Plague in India, 1896, 1897 - Volume 2
Year: 1896
Disease focus: Plague
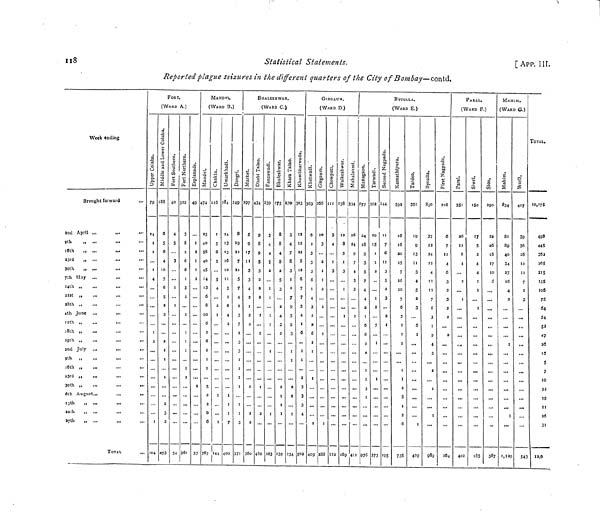
118
Statistical Statements,
[APP. III.
Reported plague seizures in the different quarters of the City of Bombay—contd.
Week ending
Brought forward
...
2nd April ,,.
»•
•••
9th
„ ...
16th
,, ...
...
•••
23rd
„ ...
30th
„ ...
7th May ...
14th „
21st „
28th ,,
4th June ...
...
11th „
18th „
25th „
...
...
...
2nd July ...
9th ,,
...
...
l6th „
23rd ,,
...
30th „
...
...
.
6th August...
...
...
I3th
„ ...
20th
,, ...
...
...
27th
„ ...
TOTAL
FORT.
(WARD A.)
79
4
104
188
6
5
6
4
7
6
.5
2
2
2
3
253
40
4
5
...
3
...
...
...
54
122
3
8
6
6
3
2
2
361
49
2
2
...
57
MANDVI.
(WARD B.)
474
40
40
45
6
8
10
6
2
6
5
2
2
767
116
5
6
5
4
2
144
284
24
13
13
5
2
6
4
2
400
249
8
19
7
21
5
7
4
2
3
7
3
3
3
371
BHALESHWAR.
(WARD C,)
297
5
9
3
3
4
2
2
2
434
9
8
9
5
3
2
2
2
480
239
3
4
4
5
...
...
263
175
8
8
4
8
3
2
4
2
239
17O
3
4
7
8
3
2
7
9
5
3
234
12
8
6
7
7
5
4
3
4
502
GIRGA.UW.
(WARD D.)
6
2
3
3
3
6
4
3
2
6
2
3
2
2
3
4
3
122
12
8
3
269
334
26
24
9
7
4
3
3
BYCULLA.
(WARD E.)
377
24
18
9
3
5
7
4
4
6
6
1
20
2
...
7
373
144
7
6
3
5
2
3
2
592
16
16
20
7
16
10
7
6
3
2
1
19
9
13
3
4
5
2
3
6
...
830
37
22
24
4
12
7
6
3
3
2
216
6
7
4
6
3
2
3
2
2
2
PAREL.
(WARD F.)
351
26
12
6
4
2
...
1
...
402
17
2
4
4
...
290
22
17
...
...
MAHIM.
(WARD G.)
834
89
40
34
27
16
4
2
...
407
39
36
26
12
7
2
3
...
...
...
TOTAL
10,175
498
445
265
315
75
47
26
5
7
10
22
19
11
26
31